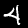
Label: 4